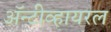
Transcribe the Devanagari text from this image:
अॅन्टीव्हायरल